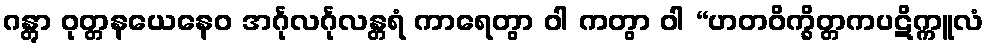
ဂန္တွာ ဝုတ္တနယေနေဝ အင်္ဂုလင်္ဂုလန္တရံ ကာရေတွာ ဝါ ကတွာ ဝါ “ဟတဝိက္ခိတ္တကပဋိက္ကူလံ